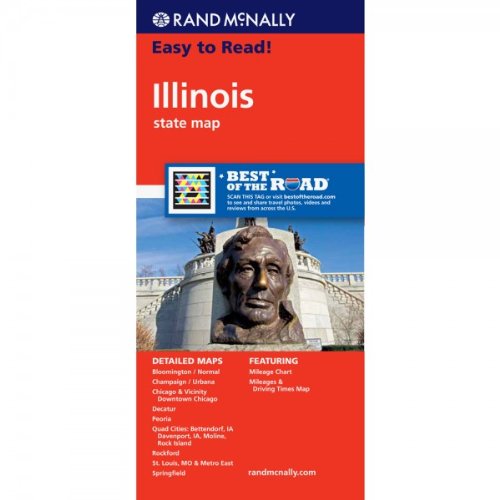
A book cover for Easy to Read!:  Illinois State Map; Rand McNally; Travel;